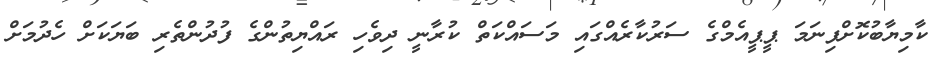
ކާމިޔާބުކޮށްފިނަމަ ޕީޕީއެމްގެ ސަރުކާރެއްގައި މަސައްކަތް ކުރާނީ ދިވެހި ރައްޔިތުންގެ ފުދުންތެރި ބަޔަކަށް ހެދުމަށް